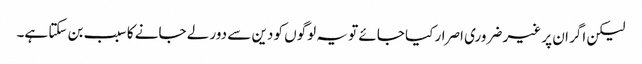
لیکن اگر ان پر غیر ضروری اصرار کیا جائے تو یہ لوگوں کو دین سے دور لے جانے کا سبب بن سکتا ہے۔